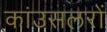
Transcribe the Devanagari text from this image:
कांउसलरों